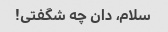
سلام، دان چه شگفتی!